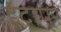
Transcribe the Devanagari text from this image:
इंद्रापूर